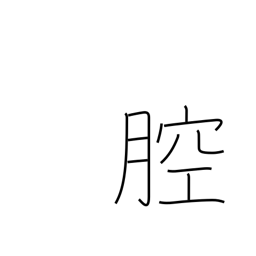
Meaning: body cavity